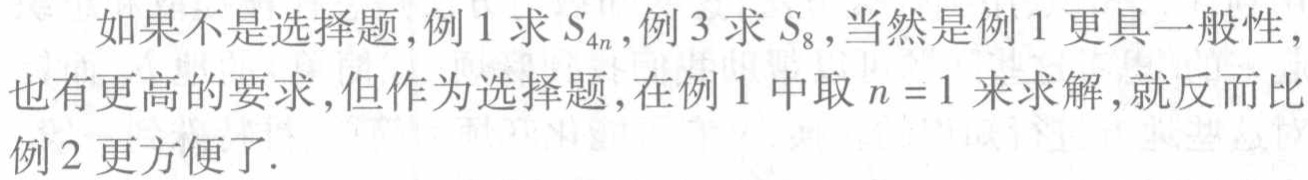
如果不是选择题,例 1 求 \(S_{4n}\),例 3 求 \(S_{8}\),当然是例 1 更具一般性，也有更高的要求,但作为选择题,在例 1 中取 \(n = 1\) 来求解,就反而比例 2 更方便了.